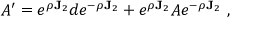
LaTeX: A ^ { \prime } = e ^ { \rho \mathbf { J } _ { 2 } } d e ^ { - \rho \mathbf { J } _ { 2 } } + e ^ { \rho \mathbf { J } _ { 2 } } A e ^ { - \rho \mathbf { J } _ { 2 } } ~ ,